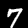
Digit: 7